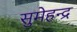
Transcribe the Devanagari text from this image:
सुमेहन्द्र